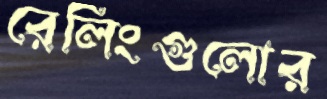
রেলিংগুলোর